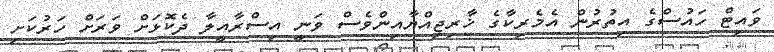
ވައިޓް ހައުސްގެ އިތުރުން އެމެރިކާގެ ޚާރިޖިއްޔާއިންވެސް ވަނީ އިސްރާއީލާ ދެކޮޅަށް ވަރަށް ހަރުކަށި